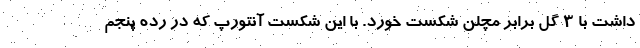
داشت با ۳ گل برابر مچلن شکست خورد. با این شکست آنتورپ که در رده پنجم